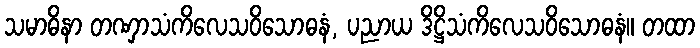
သမာဓိနာ တဏှာသံကိလေသဝိသောဓနံ, ပညာယ ဒိဋ္ဌိသံကိလေသဝိသောဓနံ။ တထာ